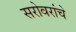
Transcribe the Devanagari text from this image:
सरोवरांचे